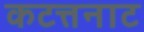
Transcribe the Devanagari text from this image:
कटत्तनाट